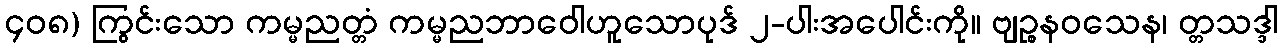
၄၀၈) ကြွင်းသော ကမ္မညတ္တံ ကမ္မညဘာဝေါဟူသောပုဒ် ၂-ပါးအပေါင်းကို။ ဗျဉ္စနဝသေန၊ တ္တသဒ္ဒါ